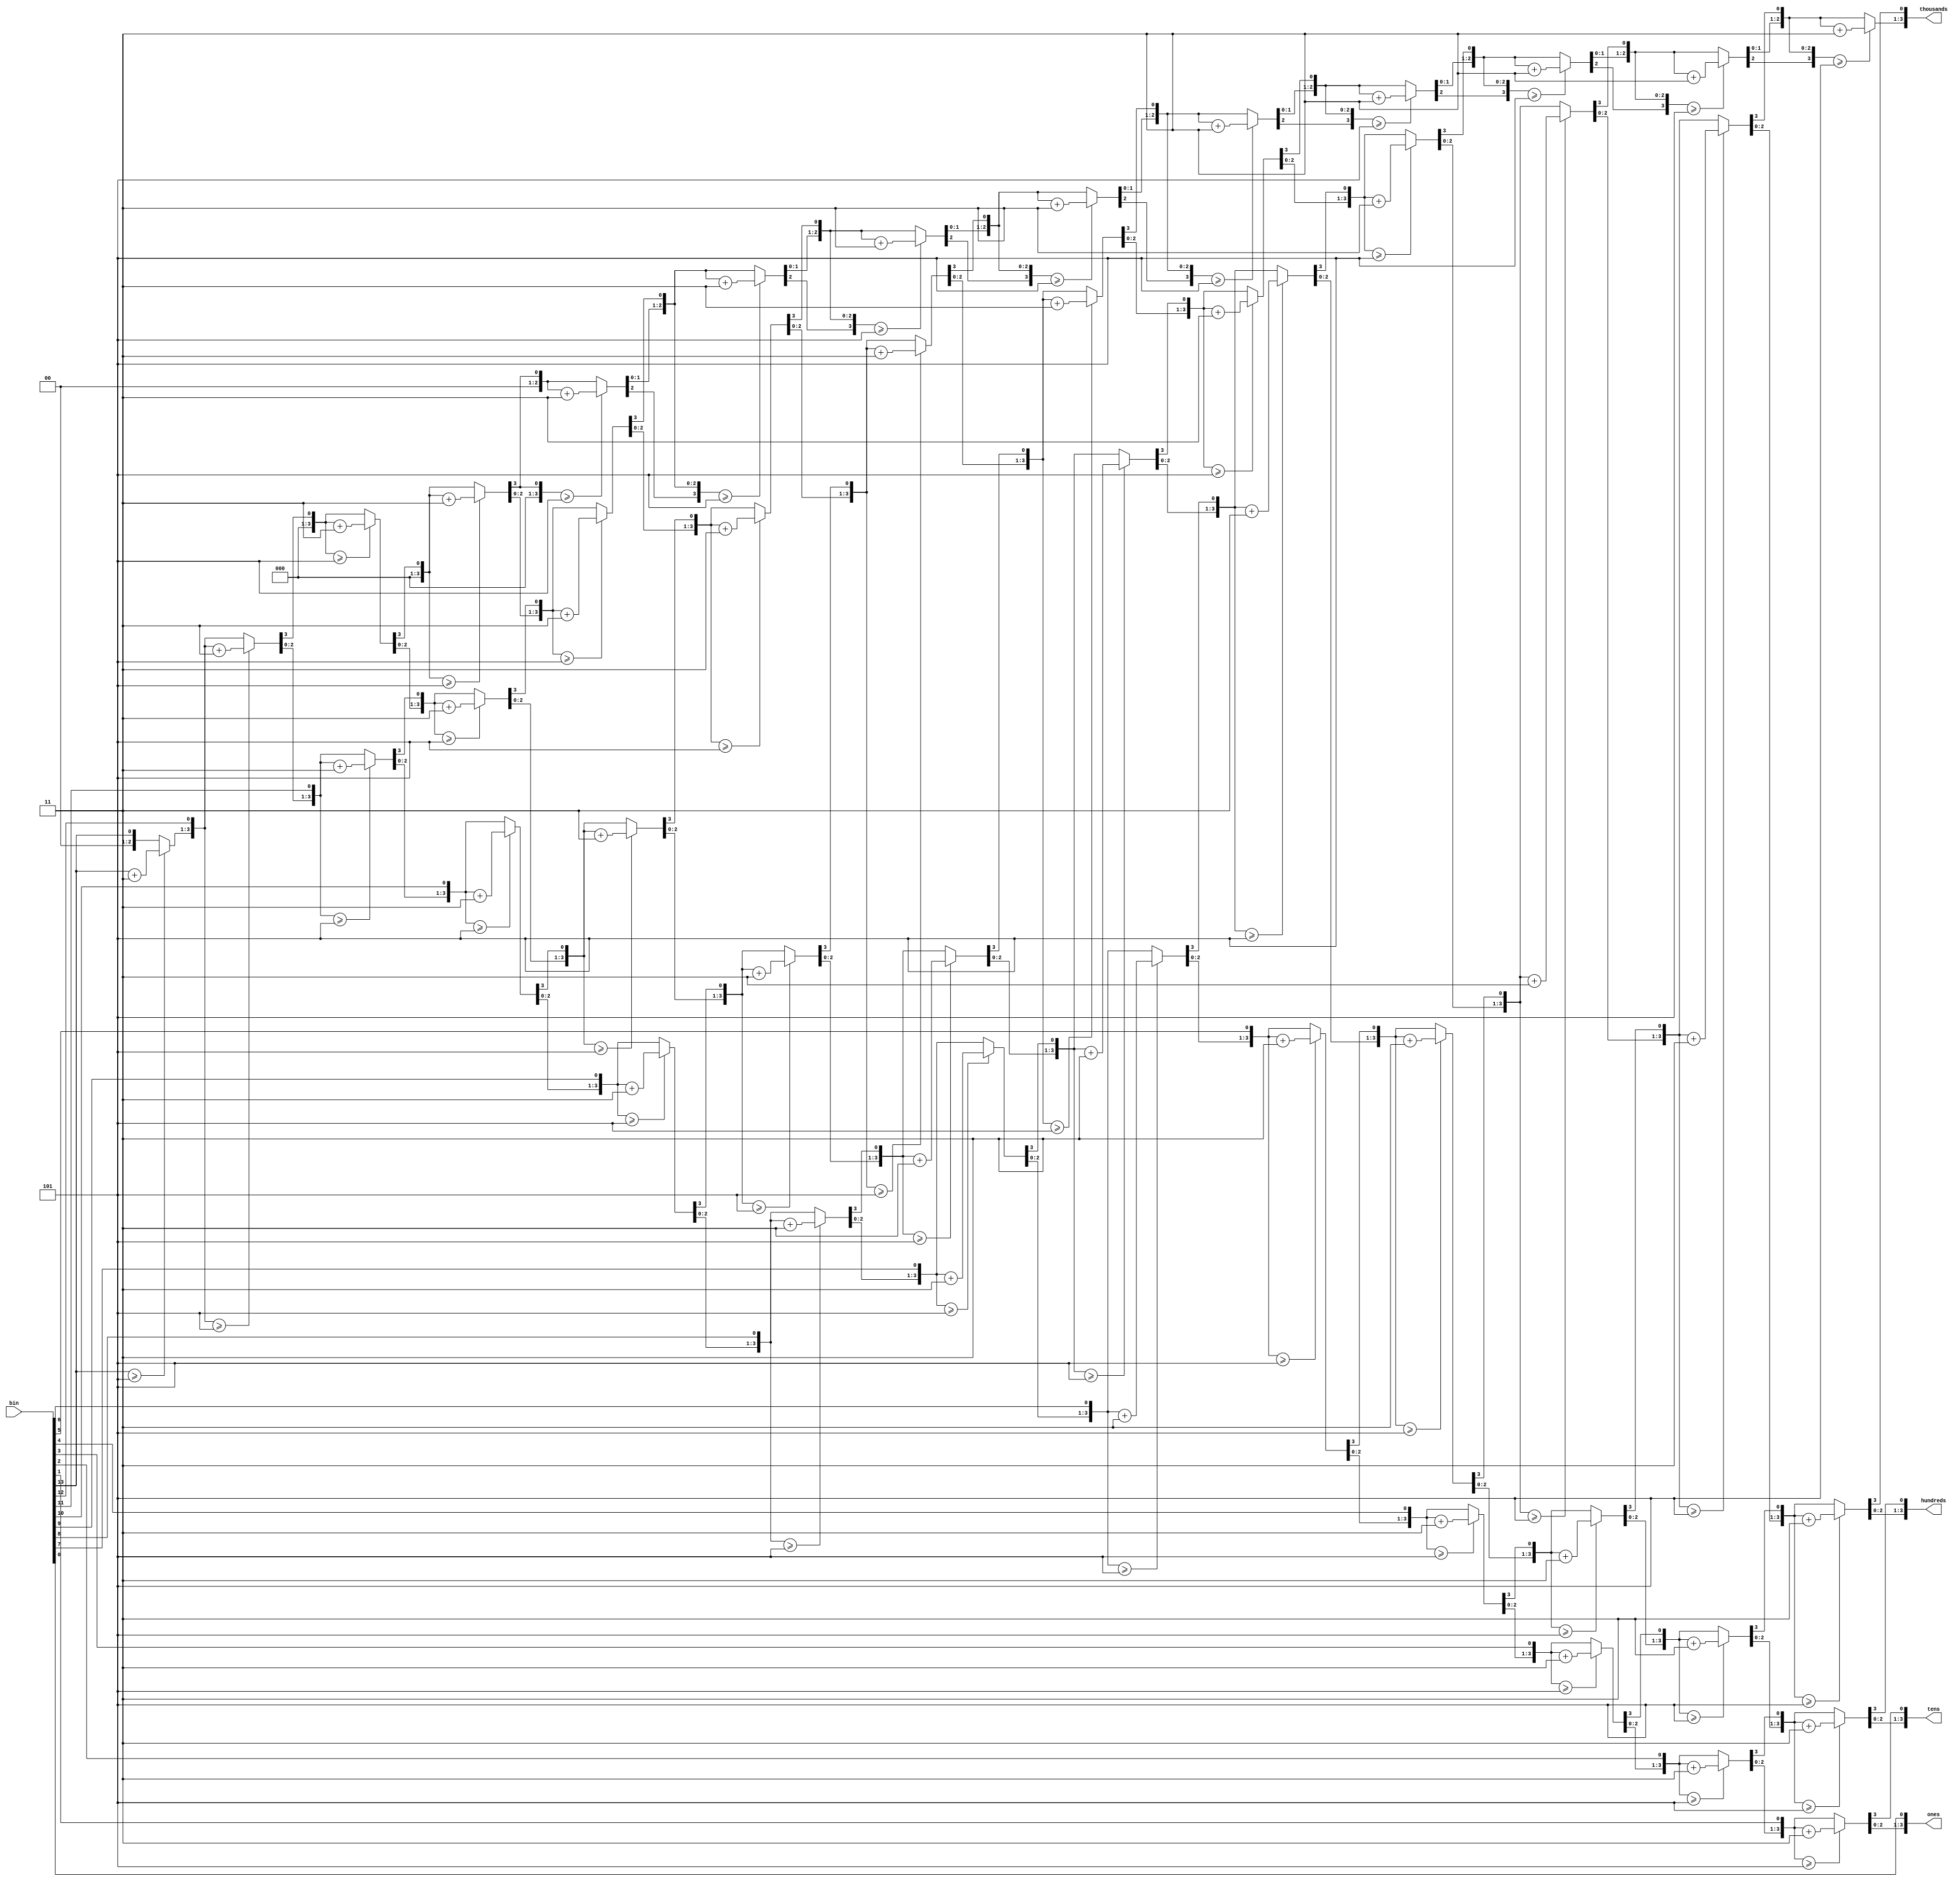
`timescale 1ns / 1ps
//////////////////////////////////////////////////////////////////////////////////
// Company: 
// Engineer: 
// 
// Design Name: 
// Module Name:    bin2bcd 
// Project Name: 
// Target Devices: 
// Tool versions: 
// Description: 
//
// Dependencies: 
//
// Revision: 
// Revision 0.01 - File Created
// Additional Comments: 
//
//////////////////////////////////////////////////////////////////////////////////
module bin2bcd(
	input [13:0] bin,
	output reg [3:0] thousands, hundreds, tens, ones
    );

integer i;

always @* begin
	thousands = 4'd0;
	hundreds = 4'd0;
	tens = 4'd0;
	ones = 4'd0;
	
	for(i = 13; i >= 0; i = i-1) begin
		if(thousands >= 5)
			thousands = thousands + 3;
		if(hundreds >= 5)
			hundreds = hundreds + 3;
		if(tens >= 5)
			tens = tens + 3;
		if(ones >= 5)
			ones = ones + 3;
			
		thousands = thousands << 1;
		thousands[0] = hundreds[3];
		
		hundreds = hundreds << 1;
		hundreds[0] = tens[3];
		
		tens = tens << 1;
		tens[0] = ones[3];
		
		ones = ones << 1;
		ones[0] = bin[i];
	end
end

endmodule